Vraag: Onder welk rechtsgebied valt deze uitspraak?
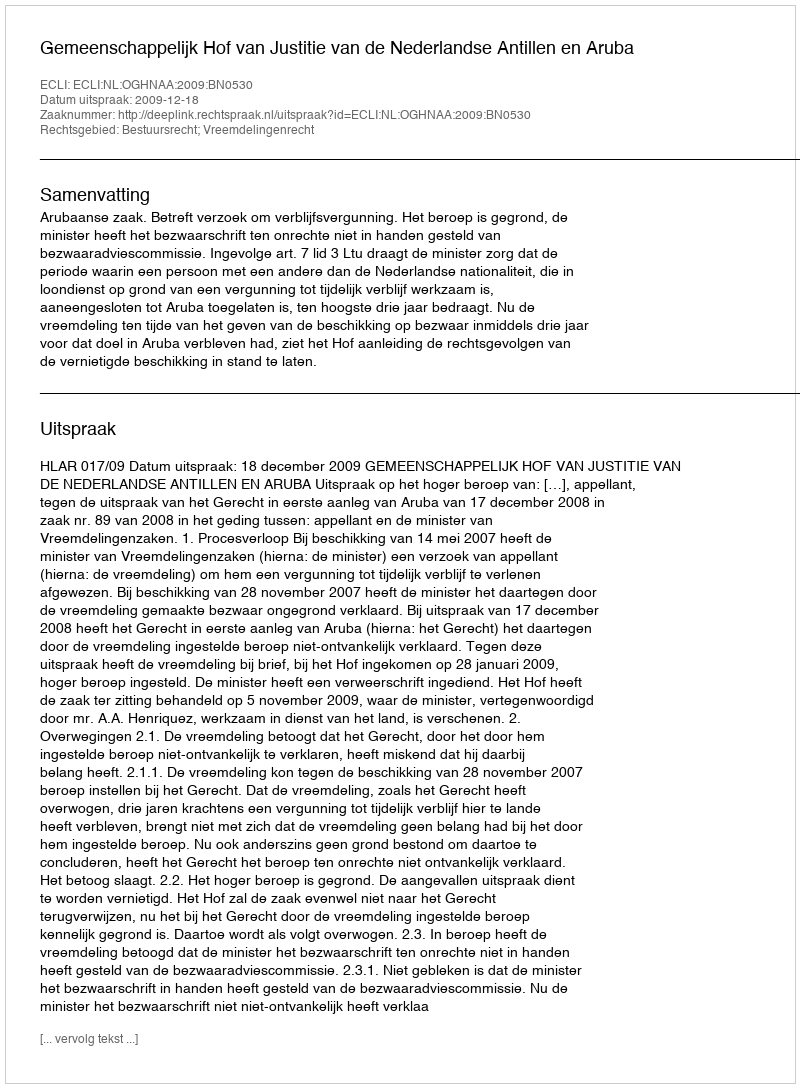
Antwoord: Bestuursrecht; Vreemdelingenrecht